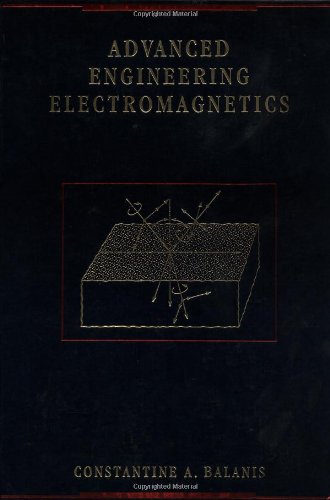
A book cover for Advanced Engineering Electromagnetics; Constantine A. Balanis; Science & Math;